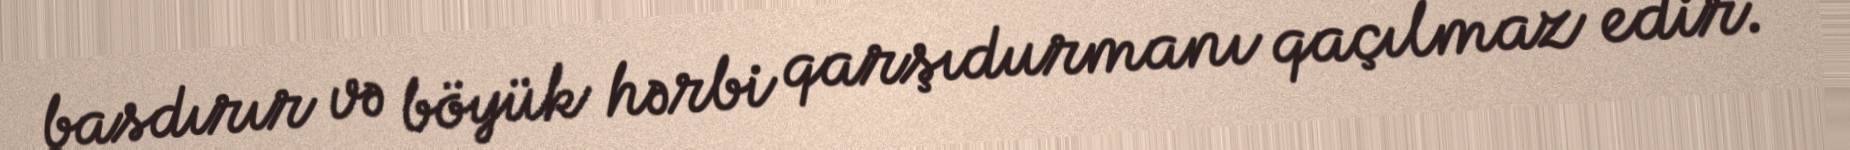
basdırır və böyük hərbi qarşıdurmanı qaçılmaz edir.